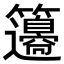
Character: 𥸅